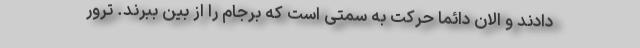
دادند و الان دائما حرکت به سمتی است که برجام را از بین ببرند. ترور